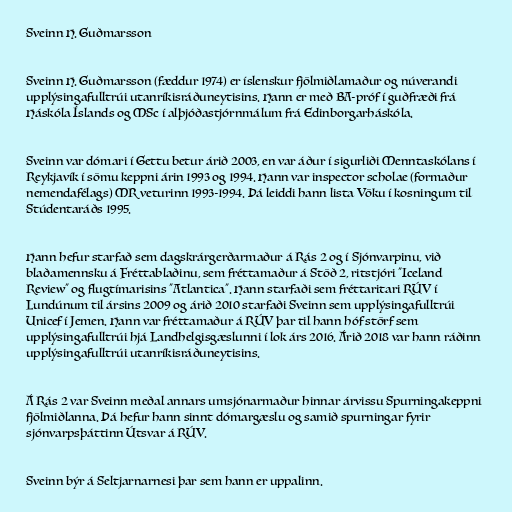
Sveinn H. Guðmarsson

Sveinn H. Guðmarsson (fæddur 1974) er íslenskur fjölmiðlamaður og núverandi
upplýsingafulltrúi utanríkisráðuneytisins. Hann er með BA-próf í guðfræði frá
Háskóla Íslands og MSc í alþjóðastjórnmálum frá Edinborgarháskóla.

Sveinn var dómari í Gettu betur árið 2003, en var áður í sigurliði Menntaskólans í
Reykjavík í sömu keppni árin 1993 og 1994. Hann var inspector scholae (formaður
nemendafélags) MR veturinn 1993-1994. Þá leiddi hann lista Vöku í kosningum til
Stúdentaráðs 1995.

Hann hefur starfað sem dagskrárgerðarmaður á Rás 2 og í Sjónvarpinu, við
blaðamennsku á Fréttablaðinu, sem fréttamaður á Stöð 2, ritstjóri "Iceland
Review" og flugtímarisins "Atlantica". Hann starfaði sem fréttaritari RÚV í
Lundúnum til ársins 2009 og árið 2010 starfaði Sveinn sem upplýsingafulltrúi
Unicef í Jemen. Hann var fréttamaður á RÚV þar til hann hóf störf sem
upplýsingafulltrúi hjá Landhelgisgæslunni í lok árs 2016. Árið 2018 var hann ráðinn
upplýsingafulltrúi utanríkisráðuneytisins.

Á Rás 2 var Sveinn meðal annars umsjónarmaður hinnar árvissu Spurningakeppni
fjölmiðlanna. Þá hefur hann sinnt dómargæslu og samið spurningar fyrir
sjónvarpsþáttinn Útsvar á RÚV.

Sveinn býr á Seltjarnarnesi þar sem hann er uppalinn.